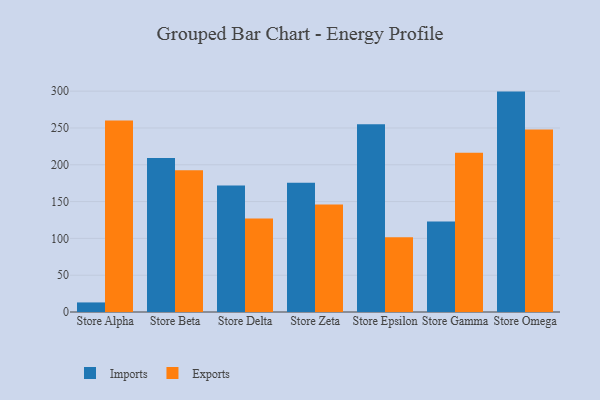
{"axis": {"x": "Store", "y": "Conversion Rate (%)"}, "legend": ["Exports", "Imports"], "data": [{"x": "Store Alpha", "y": 13.0, "type": "Imports"}, {"x": "Store Alpha", "y": 260.2, "type": "Exports"}, {"x": "Store Beta", "y": 209.3, "type": "Imports"}, {"x": "Store Beta", "y": 192.4, "type": "Exports"}, {"x": "Store Delta", "y": 171.9, "type": "Imports"}, {"x": "Store Delta", "y": 127.1, "type": "Exports"}, {"x": "Store Zeta", "y": 175.7, "type": "Imports"}, {"x": "Store Zeta", "y": 145.9, "type": "Exports"}, {"x": "Store Epsilon", "y": 255.0, "type": "Imports"}, {"x": "Store Epsilon", "y": 101.4, "type": "Exports"}, {"x": "Store Gamma", "y": 122.8, "type": "Imports"}, {"x": "Store Gamma", "y": 216.4, "type": "Exports"}, {"x": "Store Omega", "y": 299.4, "type": "Imports"}, {"x": "Store Omega", "y": 247.8, "type": "Exports"}]}